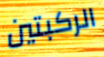
الركبتين